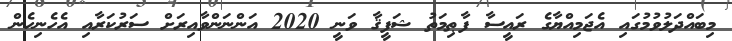
މިބައްދަލުވުމުގައި އެޖަމިއްޔާގެ ރައީސާ ފާޠިމަތު ޝަފީޤާ ވަނީ 2020 އަންނަންވާއިރަށް ސަރުކަރާއި އެހެނިހެން